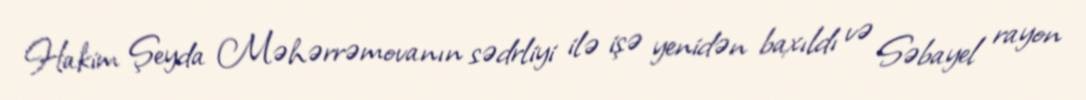
Hakim Şeyda Məhərrəmovanın sədrliyi ilə işə yenidən baxıldı və Səbayel rayon